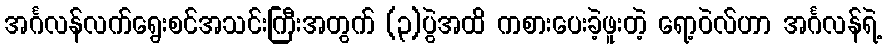
အင်္ဂလန်လက်ရွေးစင်အသင်းကြီးအတွက် (၃)ပွဲအထိ ကစားပေးခဲ့ဖူးတဲ့ ရော့ဝဲလ်ဟာ အင်္ဂလန်ရဲ့